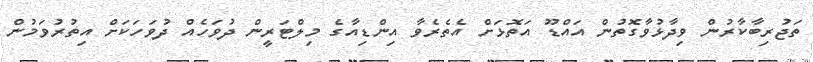
ތަޖުރިބާކާރުން ވިދާޅުވާގޮތުން އައްޑޫ އަތޮޅަށް އެތެރެވާ އިންޑިއާގެ މިލްޓަރީން ދުވަހެއް ދުވަހަކަށް އިތުރުވަމުން